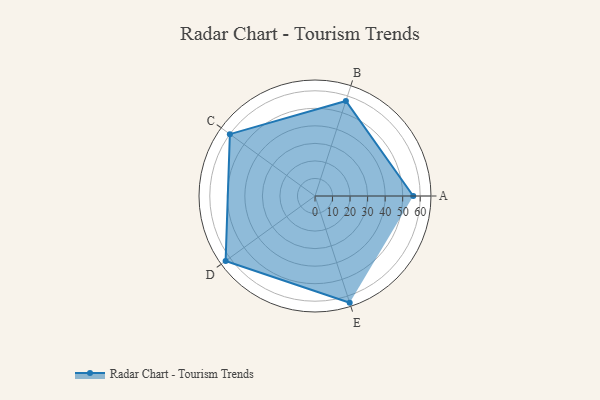
{"axis": {"x": "Skill", "y": "Score"}, "legend": ["Profile"], "data": [{"x": "A", "y": 56.0, "type": "Profile"}, {"x": "B", "y": 57.0, "type": "Profile"}, {"x": "C", "y": 60.0, "type": "Profile"}, {"x": "D", "y": 63.0, "type": "Profile"}, {"x": "E", "y": 64.0, "type": "Profile"}]}